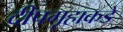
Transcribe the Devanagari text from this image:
दीपगृहाकडे